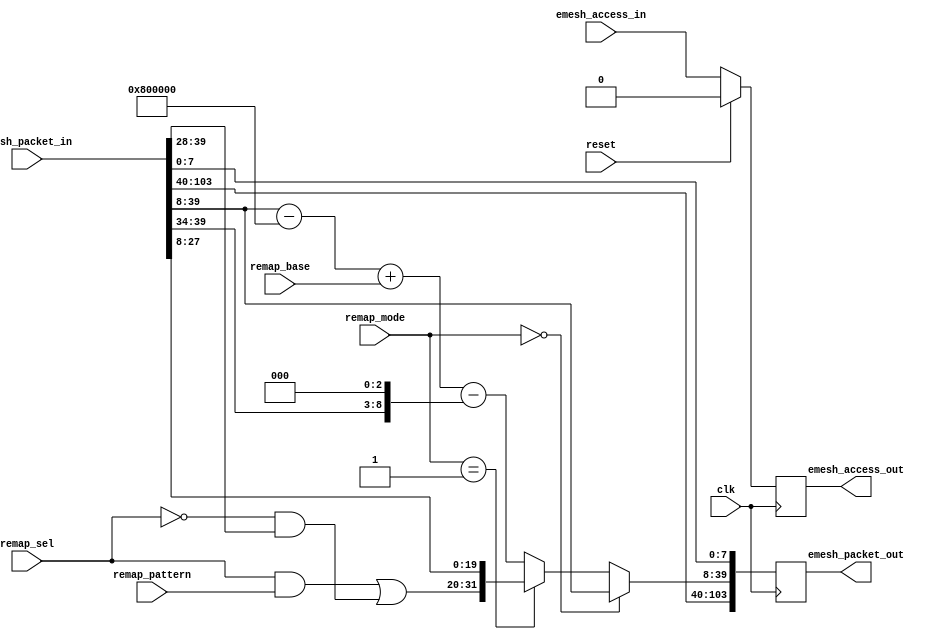
module erx_remap (/*AUTOARG*/
   // Outputs
   emesh_access_out, emesh_packet_out,
   // Inputs
   clk, reset, emesh_access_in, emesh_packet_in, remap_mode,
   remap_sel, remap_pattern, remap_base
   );

   parameter AW = 32;
   parameter DW = 32;
   parameter PW = 104;
   parameter ID = 12'h808;
   
   //Clock/reset
   input clk;
   input reset;
   
   //Input from arbiter
   input          emesh_access_in;
   input [PW-1:0] emesh_packet_in;
   
   //Configuration
   input [1:0] 	  remap_mode;    //00=none,01=static,02=continuity
   input [11:0]   remap_sel;     //number of bits to remap
   input [11:0]   remap_pattern; //static pattern to map to
   input [31:0]   remap_base;    //remap offset
   
   //Output to TX IO   
   output 	   emesh_access_out;
   output [PW-1:0] emesh_packet_out;

   wire [31:0] 	   static_remap;
   wire [31:0] 	   dynamic_remap;
   wire [31:0] 	   remap_mux;
   wire 	   write_in;
   wire 	   read_in;
   wire [31:0] 	   addr_in;
   wire [31:0] 	   addr_out;
   wire 	   remap_en;
   
   reg 		   emesh_access_out;
   reg [PW-1:0]    emesh_packet_out;

   //TODO:FIX!??
   parameter[5:0]  colid = ID[5:0];
   
   //parsing packet
   assign addr_in[31:0]  =  emesh_packet_in[39:8];
   assign write_in       =  emesh_packet_in[1];
   assign read_in        =  ~emesh_packet_in[1];
   
   //simple static remap
   assign static_remap[31:20] = (remap_sel[11:0] & remap_pattern[11:0]) |
			        (~remap_sel[11:0] & addr_in[31:20]);

   assign static_remap[19:0]  = addr_in[19:0];
    
   //more complex compresssed map
   assign dynamic_remap[31:0] = addr_in[31:0]    //input
			     - (colid << 20)     //subtracing elink (start at 0)
			     + remap_base[31:0]  //adding back base
                             - (addr_in[31:26]<<$clog2(colid));
     			     

   //Static, dynamic, or no remap
   assign remap_mux[31:0]  = (remap_mode[1:0]==2'b00) ? addr_in[31:0] :
			     (remap_mode[1:0]==2'b01) ? static_remap[31:0] :
	  		                                dynamic_remap[31:0];


   //Access
   always @ (posedge clk)
     if (reset)
       emesh_access_out         <= 1'b0;
     else
       emesh_access_out         <= emesh_access_in;

   //Packet
   always @ (posedge clk)    
       emesh_packet_out[PW-1:0] <= {emesh_packet_in[103:40],
                                    remap_mux[31:0],
                                    emesh_packet_in[7:0]
				    };
   
endmodule